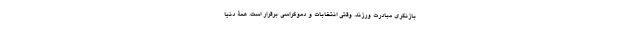
بازنگری مبادرت ورزند. وقتی انتخابات و دموکراسی برقرار است، همۀ دنیا